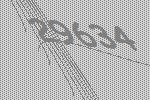
29634